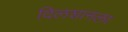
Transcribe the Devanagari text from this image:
दिलशानला